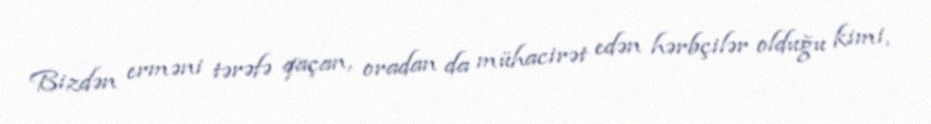
Bizdən erməni tərəfə qaçan, oradan da mühacirət edən hərbçilər olduğu kimi,